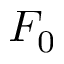
F _ { 0 }